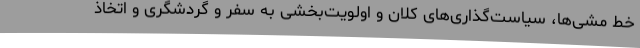
خط مشی‌ها، سیاست‌گذاری‌های کلان و اولویت‌بخشی به سفر و گردشگری و اتخاذ